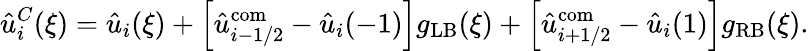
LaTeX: \hat{u}_{i}^{C}(\xi)=\hat{u}_{i}(\xi)+\left[\hat{u}_{i-1/2}^{\mathrm{com}}-\hat{u}_{i}(-1)\right]g_{\mathrm{LB}}(\xi)+\left[\hat{u}_{i+1/2}^{\mathrm{com}}-\hat{u}_{i}(1)\right]g_{\mathrm{RB}}(\xi).